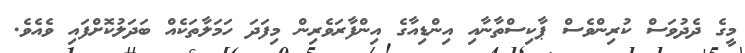
މީގެ ދެދުވަސް ކުރިންވެސް ޕާކިސްތާނާއި އިންޑިއާގެ އިންފާރަވެރިން މިފަދަ ހަމަލާތަކެއް ބަދަލުކޮށްފައި ވެއެވެ.